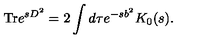
\mathrm { T r } e ^ { s D ^ { 2 } } = 2 \int d \tau e ^ { - s b ^ { 2 } } K _ { 0 } ( s ) .